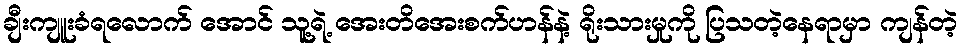
ချီးကျူးခံရလောက် အောင် သူ့ရဲ့ အေးတိအေးစက်ဟန်နဲ့ ရိုးသားမှုကို ပြသတဲ့နေရာမှာ ကျန်တဲ့